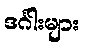
ဒင်္ဂါးများ